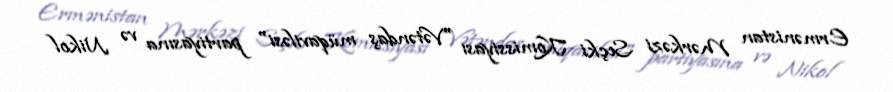
Ermənistan Mərkəzi Seçki Komissiyası "Vətəndaş müqaviləsi" partiyasına və Nikol